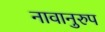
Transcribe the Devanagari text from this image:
नावानुरुप